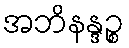
အဘိနန္ဒဉ္စ